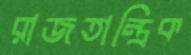
রাজতান্ত্রিক